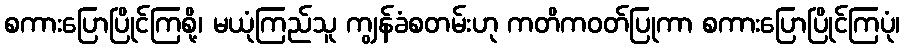
စကားပြောပြိုင်ကြစို့၊ မယုံကြည်သူ ကျွန်ခံစတမ်းဟု ကတိကဝတ်ပြုကာ စကားပြောပြိုင်ကြပုံ၊